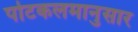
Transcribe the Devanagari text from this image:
पोटकलमानुसार